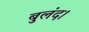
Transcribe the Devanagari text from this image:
बुलंद।